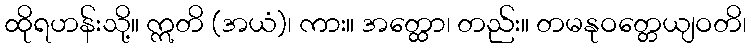
ထိုရဟန်းသို့။ ဣတိ (အယံ)၊ ကား။ အတ္ထော၊ တည်း။ တမနုဝတ္တေယျဝတိ၊